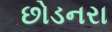
છોડનરા